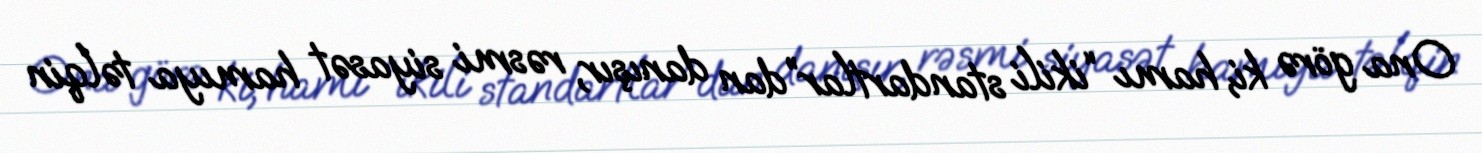
Ona görə ki, hamı “ikili standartlar”dan danışır, rəsmi siyasət hamıya təlqin